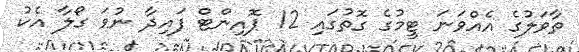
ތާވަލުގެ އެއްވަނަ ޓީމުގެ ގޮތުގައި 12 ޕޮއިންޓް ފައިދާ ނުވަ ގޯލާ އެކު